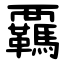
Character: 覊